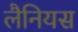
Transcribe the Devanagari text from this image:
लैनियस